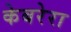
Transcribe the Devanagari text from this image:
केबरेरा